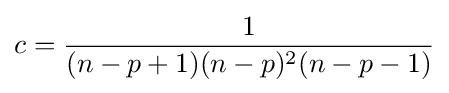
c={\frac {1}{(n-p+1)(n-p)^{2}(n-p-1)}}